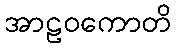
အာဠဝကောတိ